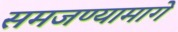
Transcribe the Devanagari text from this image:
समजण्यामागे